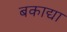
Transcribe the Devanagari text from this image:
बकाद्या